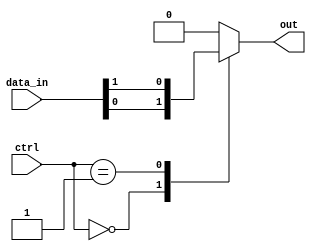
module mux_128to1 (
    input [127:0] data_in,
    input [6:0] ctrl,
    output reg out
);

always @(*) begin
    case(ctrl)
        7'b0000000: out = data_in[0];
        7'b0000001: out = data_in[1];
        // Continue for the rest of the 128 input lines
        // Add 128 cases in total
        default: out = 1'b0; // Default output value
    endcase
end

endmodule